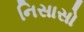
નિસાસો